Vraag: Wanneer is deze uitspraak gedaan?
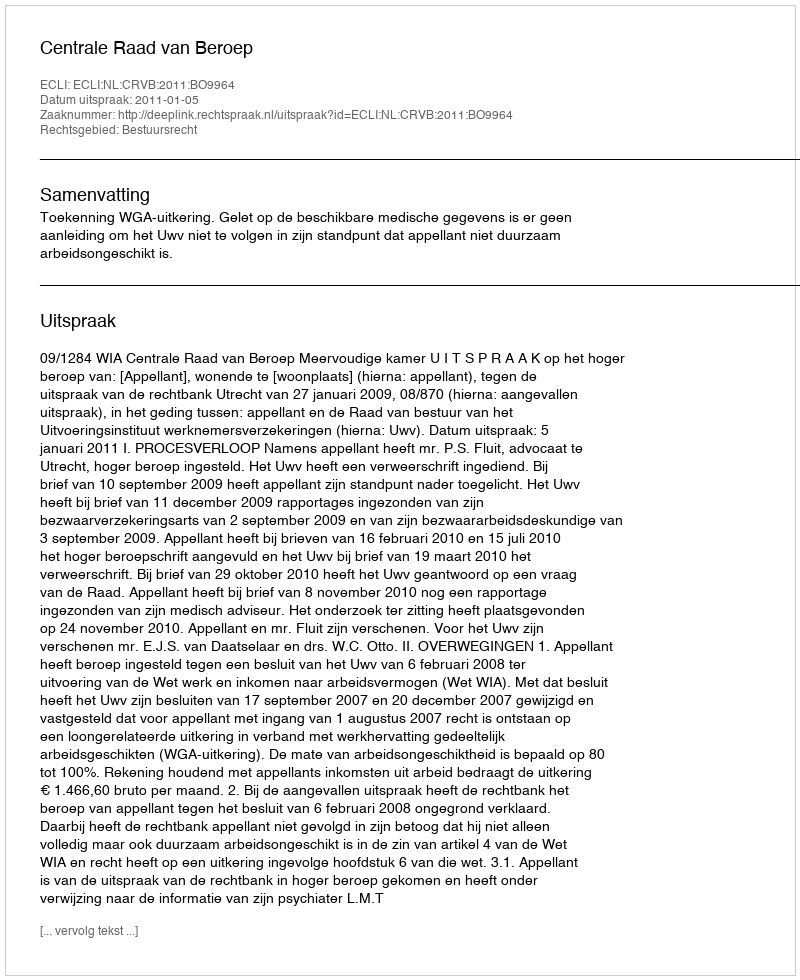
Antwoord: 2011-01-05